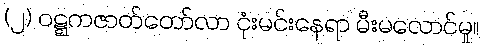
(၂) ဝဋ္ဋကဇာတ်တော်လာ ငုံးမင်းနေရာ မီးမလောင်မှု။